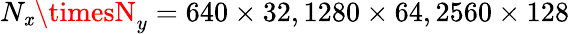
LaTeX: N_{\mathit{x}}\timesN_{y}=640\times32,1280\times64,2560\times128